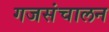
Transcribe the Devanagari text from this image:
गजसंचालन